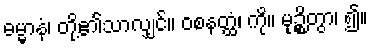
ဓမ္မာနံ၊ တို့၏သာလျှင်။ ဝစနတ္ထံ၊ ကို။ မုဉ္စိတွာ၊ ၍။